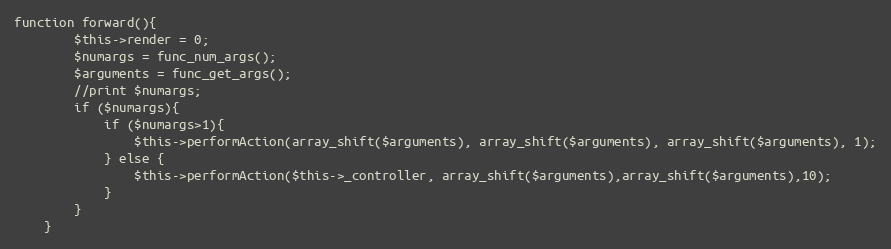
Language: PHP
function forward(){
		$this->render = 0;
	    $numargs = func_num_args();
		$arguments = func_get_args();
		//print $numargs;
		if ($numargs){
			if ($numargs>1){
				$this->performAction(array_shift($arguments), array_shift($arguments), array_shift($arguments), 1);
			} else {
				$this->performAction($this->_controller, array_shift($arguments),array_shift($arguments),10);
			}
		}
	}